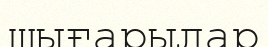
шығарылар